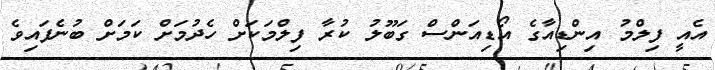
އެއީ ފިލްމު އިންޑިއާގެ އޯޑިއަންސް ގަބޫލު ކުރާ ފިލްމަކަށް ހެދުމަށް ކަމަށް ބުނެފައިވެ